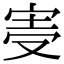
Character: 𡨊